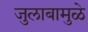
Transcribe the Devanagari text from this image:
जुलाबामुळे